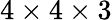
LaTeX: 4\times 4\times 3